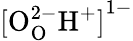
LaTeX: \mathrm{{[{O_{O}^{2-}}{H^{+}}]}^{1-}}